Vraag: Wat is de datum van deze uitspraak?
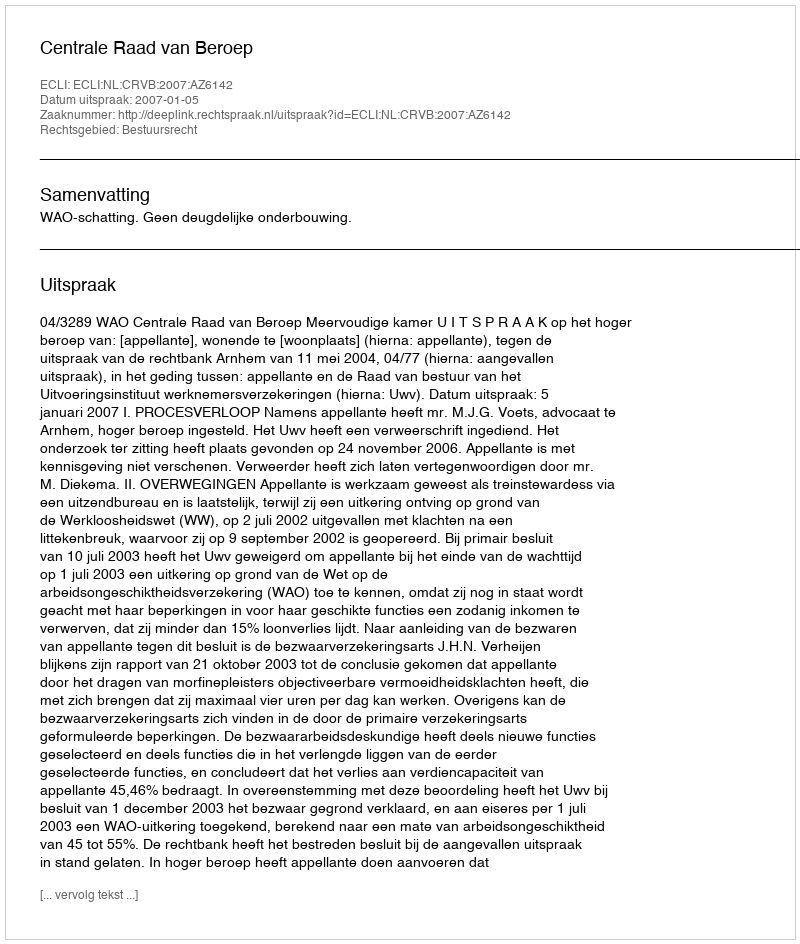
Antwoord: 2007-01-05